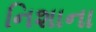
નિશાના